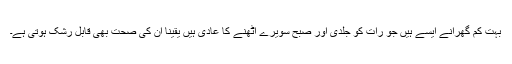
بہت کم گھرانے ایسے ہیں جو رات کو جلدی اور صبح سویرے اٹھنے کا عادی ہیں یقیناً ان کی صحت بھی قابل رشک ہوتی ہے۔